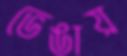
ভেঙায়